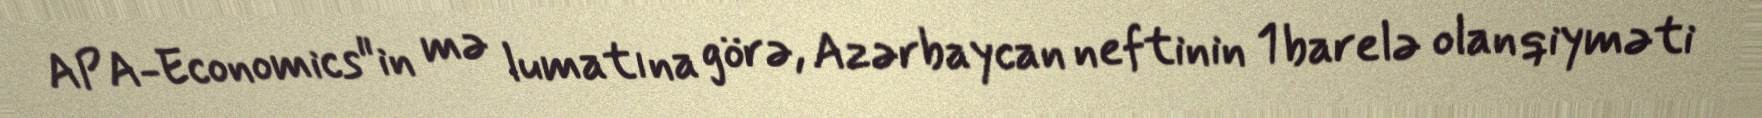
APA-Economics"in mə lumatına görə, Azərbaycan neftinin 1 barelə olan qiyməti